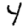
Digit: 4